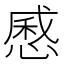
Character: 㥻